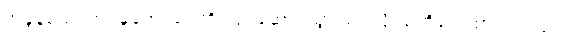
အခွန်စည်းကြပ်မှုတွေ ထပ်တိုးလုပ်ဆောင်သွားမယ်လို့ သတိပေးထားပါတယ်။